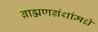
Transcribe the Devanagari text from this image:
ब्राह्मणग्रंथांमधे